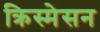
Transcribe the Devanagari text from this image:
क्रिस्मेसन